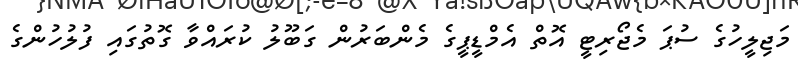
މަޖިލީހުގެ ސުޕަ މެޖޯރިޓީ އޮތް އެމްޑީޕީގެ މެންބަރުން ގަބޫލު ކުރައްވާ ގޮތުގައި ފުލުހުންގެ